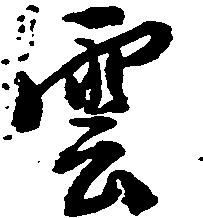
雲